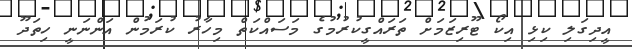
އީދިގަލި ކިޅި އިކޯ ޓޫރިޒަމަށް ތަރައްގީކުރުމުގެ މަސައްކަތް މިހާރު ކުރަމުން އަންނަނީ ހިތަދޫ